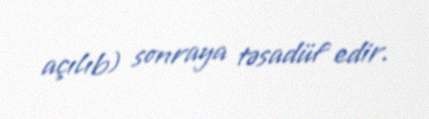
açılıb) sonraya təsadüf edir.